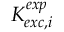
K _ { e x c , i } ^ { e x p }